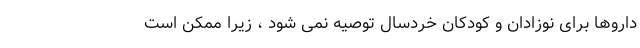
داروها برای نوزادان و کودکان خردسال توصیه نمی شود ، زیرا ممکن است